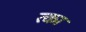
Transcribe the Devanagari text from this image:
त्का